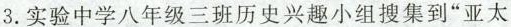
3.实验中学八年级三班历史兴趣小组搜集到”亚太